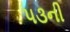
૫૩ની